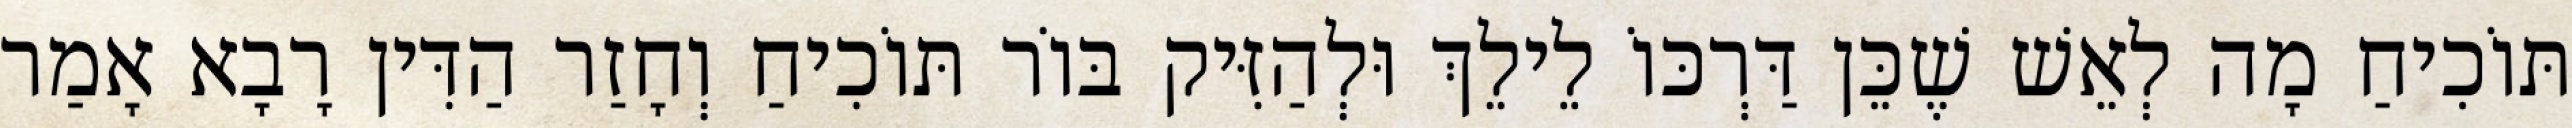
תּוֹכִיחַ מָה לְאֵשׁ שֶׁכֵּן דַּרְכּוֹ לֵילֵךְ וּלְהַזִּיק בּוֹר תּוֹכִיחַ וְחָזַר הַדִּין רָבָא אָמַר